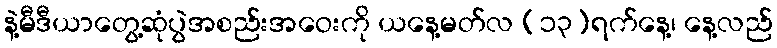
နဲ့မီဒီယာတွေ့ဆုံပွဲအစည်းအဝေးကို ယနေ့မတ်လ (၁၃)ရက်နေ့၊ နေ့လည်